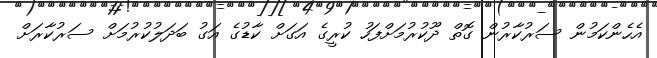
އެހެންކަމުން ސަރުކާރުން ގޮތް ދޫކުރުމަށްފަހު ކުރީގެ އަގަށް ކާޑުގެ އަގު ބަދަލުކުރުމަށް ސަރުކާރަށް